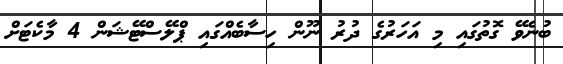
ބުނެވޭ ގޮތުގައި މި އަހަރުގެ ދުރު ނޫން ހިސާބެއްގައި ޕްލޭސްޓޭޝަން 4 މާކެޓަށް